Annual returns of the Patna Lunatic Asylum at Bankipore in Bihar and Orissa - 1912-1924
Year: 1912
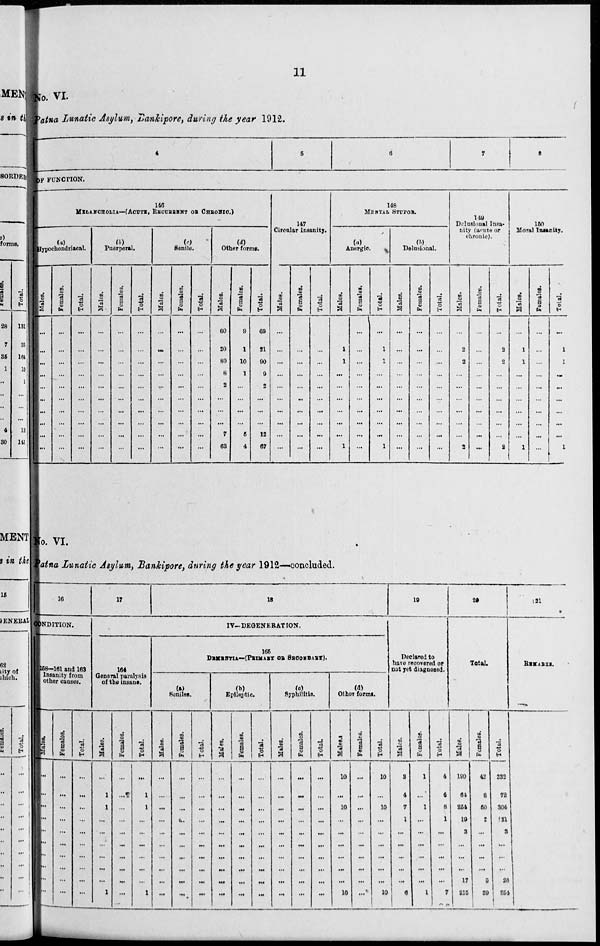
11
No. VI.
Patna Lunatic Asylum, Bankipore, during the year 1912.
4
OF FUNCTION.
146
MELANCHOLIA—( ACUTE, RECURRENT OR CHRONIC.)
(a)
Hypochondriacal.
Males.
...
...
...
...
...
...
...
...
...
...
Females.
...
...
...
...
...
...
...
...
...
...
Total.
...
...
...
...
...
...
...
...
...
...
(b)
Puerperal.
Males.
...
...
...
...
...
...
...
...
...
...
Females.
...
...
...
...
...
...
...
...
...
...
Total.
...
...
...
...
...
...
...
...
...
...
(c)
Senile.
Males.
...
...
...
...
...
...
...
...
...
...
Females.
...
...
...
...
...
...
...
...
...
...
Total.
...
...
...
...
...
...
...
...
...
...
(d)
Other forms.
Males.
60
20
80
8
2
...
...
...
7
63
Females.
9
1
10
1
...
...
...
...
5
4
Total.
69
21
90
9
2
...
...
12
67
5
147
Circular Insanity.
Males.
...
...
...
...
...
...
...
...
...
...
Females.
...
...
...
...
...
...
...
...
...
...
Total.
...
...
...
...
...
...
...
...
...
...
6
148
MENTAL STUPOR.
(a)
Anergic.
Males.
...
1
1
...
...
...
...
...
...
1
Females.
...
...
...
...
...
...
...
...
...
...
Total.
...
1
1
...
...
...
...
...
...
1
(b)
Delusional.
Males.
...
...
...
...
...
...
...
...
...
...
Females.
...
...
...
...
...
...
...
...
...
...
Total.
...
...
...
...
...
...
...
...
...
...
7
8
149
Delusional Insa-
nity (acute or
chronic).
Males.
...
2
2
...
...
...
...
...
...
2
Females.
...
...
...
...
...
...
...
...
...
...
Total.
...
2
2
...
...
...
...
...
...
2
150
Moral Insanity.
Males.
...
1
1
...
...
...
...
...
...
1
Females.
...
...
...
...
...
...
...
...
...
...
Total.
...
1
1
...
...
...
...
...
...
1
No. VI.
Patna Lunatic Asylum, Bankipore, during the year 1912—concluded.
16
CONDITION.
158—161 and 163
Insanity from
other causes.
Males.
...
...
...
...
...
...
...
...
...
...
Females.
...
...
...
...
...
...
...
...
...
...
Total.
...
...
...
...
...
...
...
...
...
...
17
18
IV—DEGENERATION.
164
General paralysis
of the insane.
Males.
...
1
1
...
...
...
...
...
...
1
Females.
...
...
...
...
...
...
...
...
...
...
Total.
...
1
1
...
...
...
...
...
...
1
165
DEMENTIA—(PRIMARY OR SECONDARY).
(a)
Seniles.
Males.
...
...
...
...
...
...
...
...
...
...
Females.
...
...
...
...
...
...
...
...
...
...
Total.
...
...
...
...
...
...
...
...
...
...
(b)
Epileptic.
Males.
...
...
...
...
...
...
...
...
...
...
Females.
...
...
...
...
...
...
...
...
...
...
Total.
...
...
...
...
...
...
...
...
...
...
(c)
Syphilitic.
Males.
...
...
...
...
...
...
...
...
...
...
Females.
...
...
...
...
...
...
...
...
...
...
Total.
...
...
...
...
...
...
...
...
...
...
(d)
Other forms.
Males.
10
...
10
...
...
...
...
...
...
10
Females.
...
...
...
...
...
...
...
...
...
...
Total.
10
...
10
...
...
...
...
...
...
10
19
Declared to
have recovered or
not yet diagnosed.
Males.
3
4
7
1
...
...
...
...
...
6
Females.
1
...
1
...
...
...
...
...
...
1
Total.
4
4
8
1
...
...
...
...
...
7
20
Total.
Males.
190
64
254
19
3
...
...
...
17
215
Females.
42
8
50
2
...
...
...
...
9
39
Total.
232
72
304
21
3
...
...
...
26
254
21
RESULTS.